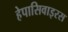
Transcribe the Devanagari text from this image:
हेपासिवाइरस